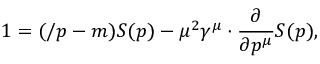
1 = ( \slash p - m ) S ( p ) - \mu ^ { 2 } \gamma ^ { \mu } \cdot { \frac { \partial } { \partial p ^ { \mu } } } S ( p ) ,